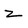
Character: z